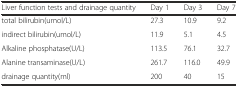
| Liver function tests and drainage quantity | Day 1 | Day 3 | Day 7 |
 | --- | --- | --- | --- |
 | total bilirubin(umol/L) | 27.3 | 10.9 | 9.2 |
 | indirect bilirubin(umol/L) | 11.9 | 5.1 | 4.5 |
 | Alkaline phosphatase(U/L) | 113.5 | 76.1 | 32.7 |
 | Alanine transaminase(U/L) | 261.7 | 116.0 | 49.9 |
 | drainage quantity(ml) | 200 | 40 | 15 |